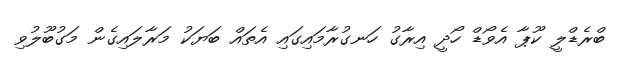
ބްރެޑްލީ ކޫޕާ އެވޯޑް ހޯދީ އިރާގު ހަނގުރާމައިގައި އެތައް ބަޔަކު މަރާލައިގެން މަގުބޫލުވި